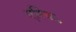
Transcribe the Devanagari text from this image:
एरिक॰